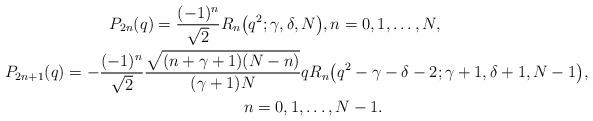
LaTeX: \begin{gather*}{P}_{2n} (q) = \frac{(-1)^n}{\sqrt{2}} {R}_n\big(q^2;\gamma,\delta,N\big), n=0,1,\ldots,N,\\P_{2n+1} (q) = - \frac{(-1)^n}{\sqrt{2}}\frac{\sqrt{(n+\gamma+1)(N-n)}}{(\gamma+1)N} q {R}_n\big(q^2-\gamma-\delta-2;\gamma+1,\delta+1,N-1\big),\\\hphantom{P_{2n+1} (q) =}{} n=0,1,\ldots,N-1.\end{gather*}